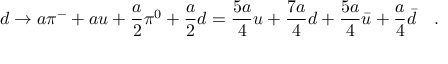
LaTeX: d \rightarrow a \pi ^ { - } + a u + \frac { a } { 2 } \pi ^ { 0 } + \frac { a } { 2 } d = \frac { 5 a } { 4 } u + \frac { 7 a } { 4 } d + \frac { 5 a } { 4 } \bar { u } + \frac { a } { 4 } \bar { d } \ \ \ .